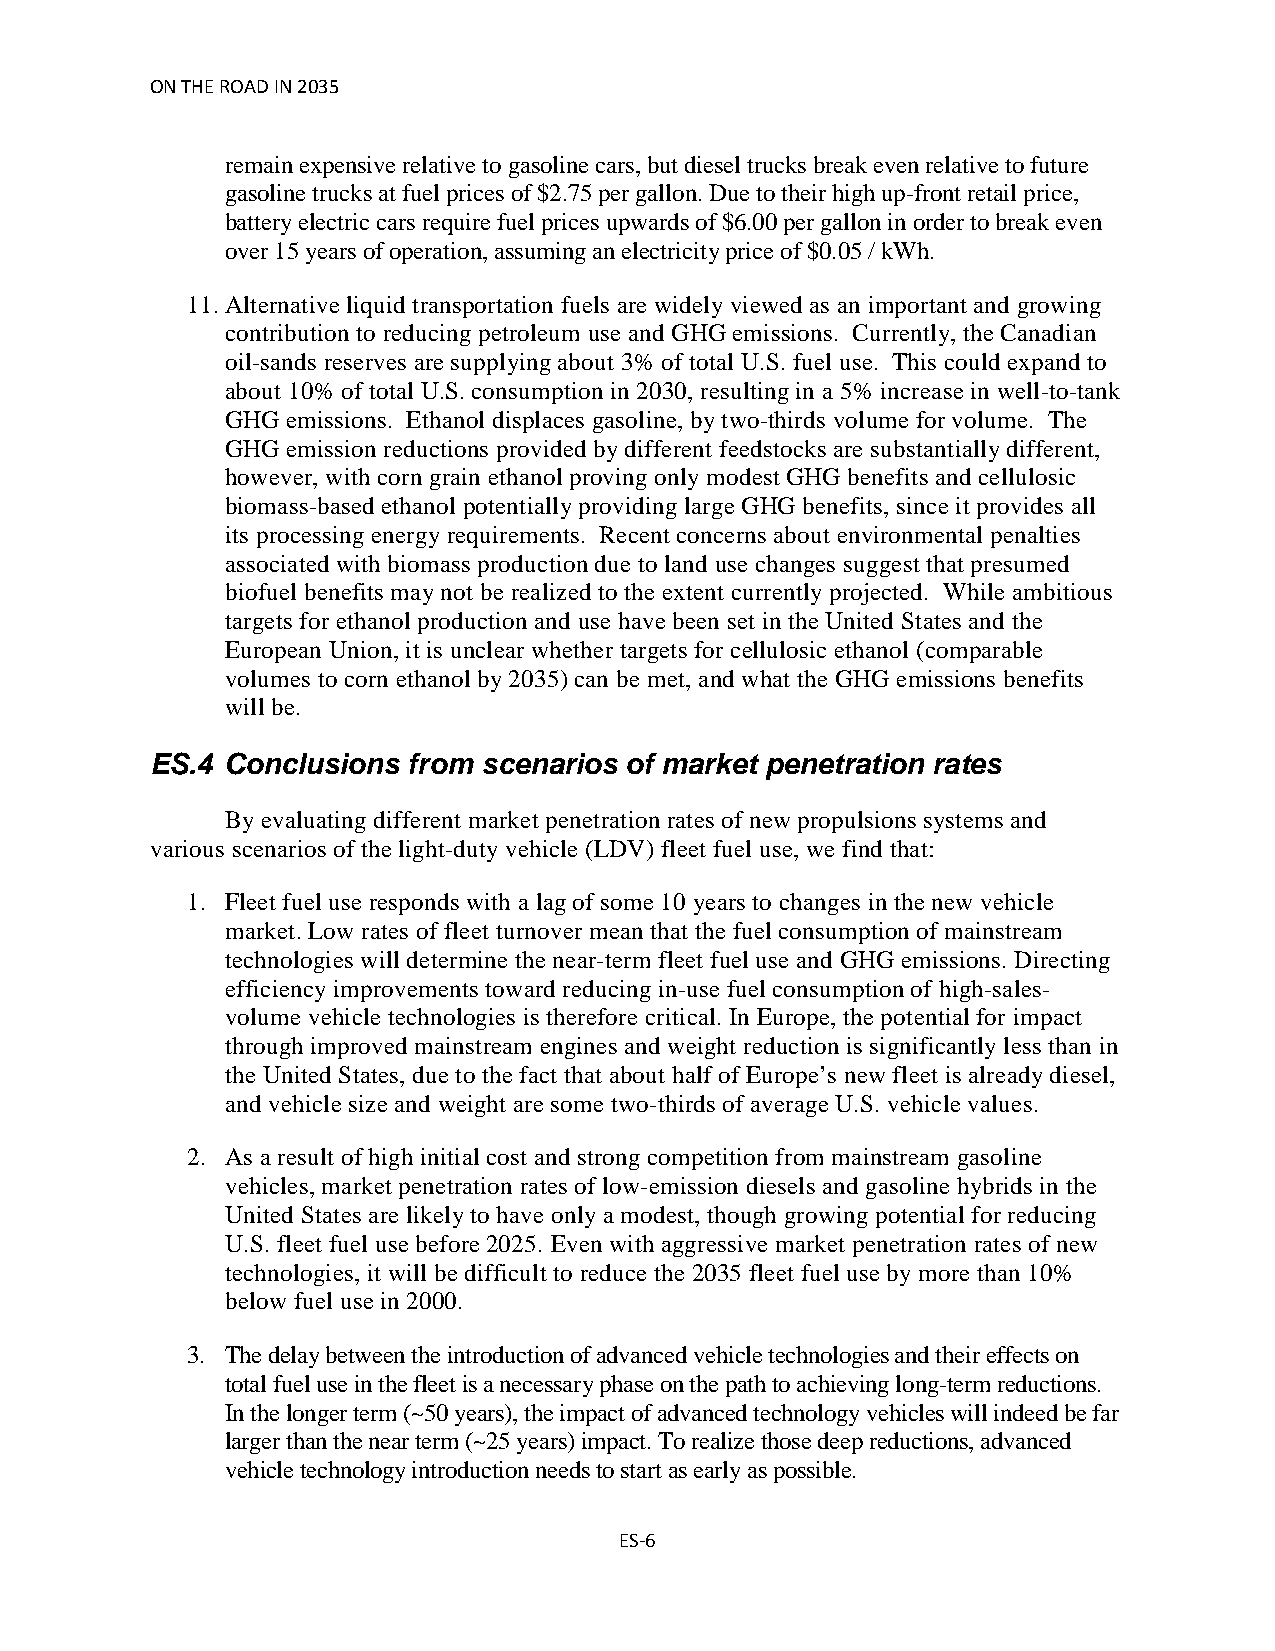
ON THE ROAD IN 2035
 remain expensive relative to gasoline cars, but diesel trucks break even relative to future
 gasoline trucks at fuel prices of $2.75 per gallon. Due to their high up-front retail price,
 battery electric cars require fuel prices upwards of $6.00 per gallon in order to break even
 over 15 years of operation, assuming an electricity price of $0.05 / kWh.
 11. Alternative liquid transportation fuels are widely viewed as an important and growing
 contribution to reducing petroleum use and GHG emissions. Currently, the Canadian
 oil-sands reserves are supplying about 3% of total U.S. fuel use. This could expand to
 about 10% of total U.S. consumption in 2030, resulting in a 5% increase in well-to-tank
 GHG emissions. Ethanol displaces gasoline, by two-thirds volume for volume. The
 GHG emission reductions provided by different feedstocks are substantially different,
 however, with corn grain ethanol proving only modest GHG benefits and cellulosic
 biomass-based ethanol potentially providing large GHG benefits, since it provides all
 its processing energy requirements. Recent concerns about environmental penalties
 associated with biomass production due to land use changes suggest that presumed
 biofuel benefits may not be realized to the extent currently projected. While ambitious
 targets for ethanol production and use have been set in the United States and the
 European Union, it is unclear whether targets for cellulosic ethanol (comparable
 volumes to corn ethanol by 2035) can be met, and what the GHG emissions benefits
 will be.
 ES.4 Conclusions from scenarios of market penetration rates
 By evaluating different market penetration rates of new propulsions systems and
 various scenarios of the light-duty vehicle (LDV) fleet fuel use, we find that:
 1. Fleet fuel use responds with a lag of some 10 years to changes in the new vehicle
 market. Low rates of fleet turnover mean that the fuel consumption of mainstream
 technologies will determine the near-term fleet fuel use and GHG emissions. Directing
 efficiency improvements toward reducing in-use fuel consumption of high-sales-
 volume vehicle technologies is therefore critical. In Europe, the potential for impact
 through improved mainstream engines and weight reduction is significantly less than in
 the United States, due to the fact that about half of Europe’s new fleet is already diesel,
 and vehicle size and weight are some two-thirds of average U.S. vehicle values.
 2. As a result of high initial cost and strong competition from mainstream gasoline
 vehicles, market penetration rates of low-emission diesels and gasoline hybrids in the
 United States are likely to have only a modest, though growing potential for reducing
 U.S. fleet fuel use before 2025. Even with aggressive market penetration rates of new
 technologies, it will be difficult to reduce the 2035 fleet fuel use by more than 10%
 below fuel use in 2000.
 3. The delay between the introduction of advanced vehicle technologies and their effects on
 total fuel use in the fleet is a necessary phase on the path to achieving long-term reductions.
 In the longer term (~50 years), the impact of advanced technology vehicles will indeed be far
 larger than the near term (~25 years) impact. To realize those deep reductions, advanced
 vehicle technology introduction needs to start as early as possible.
 ES-6